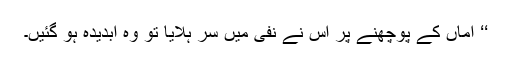
‘‘ اماں کے پوچھنے پر اس نے نفی میں سر ہلایا تو وہ آبدیدہ ہو گئیں۔